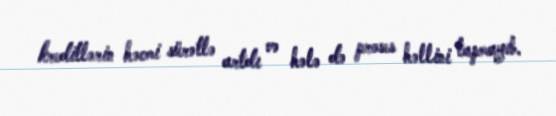
kreditlərin həcmi sürətlə artdı və hələ də proses həllini tapmayıb.